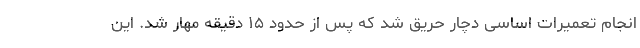
انجام تعمیرات اساسی دچار حریق شد که پس از حدود ۱۵ دقیقه مهار شد. این